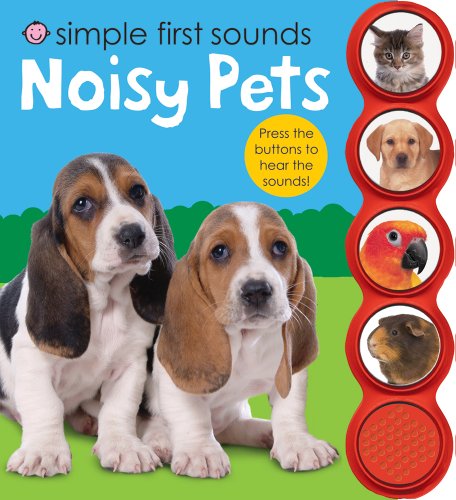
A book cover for Simple First Sounds Noisy Pets; Roger Priddy; Children's Books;